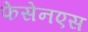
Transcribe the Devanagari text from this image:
फेसेनएस